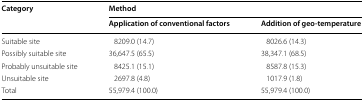
| <ROWSPAN=2> Category | <COLSPAN=2> Method |
 | Application of conventional factors | Addition of geo-temperature |
 | --- | --- | --- |
 | Suitable site | 8209.0 (14.7) | 8026.6 (14.3) |
 | Possibly suitable site | 36,647.5 (65.5) | 38,347.1 (68.5) |
 | Probably unsuitable site | 8425.1 (15.1) | 8587.8 (15.3) |
 | Unsuitable site | 2697.8 (4.8) | 1017.9 (1.8) |
 | Total | 55,979.4 (100.0) | 55,979.4 (100.0) |